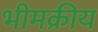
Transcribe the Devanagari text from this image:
भीमक्रीय